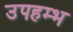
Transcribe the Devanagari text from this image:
उपहम्भ